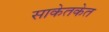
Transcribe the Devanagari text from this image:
साकेतकेत